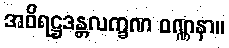
အဝိရဋ္ဌဒန္တလက္ခဏ ဝဏ္ဏနာ။